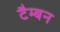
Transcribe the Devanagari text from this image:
टैम्बन